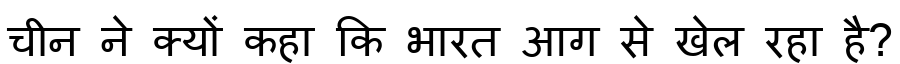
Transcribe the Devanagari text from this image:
चीन ने क्यों कहा कि भारत आग से खेल रहा है?